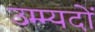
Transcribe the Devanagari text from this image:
उम्म्यदों